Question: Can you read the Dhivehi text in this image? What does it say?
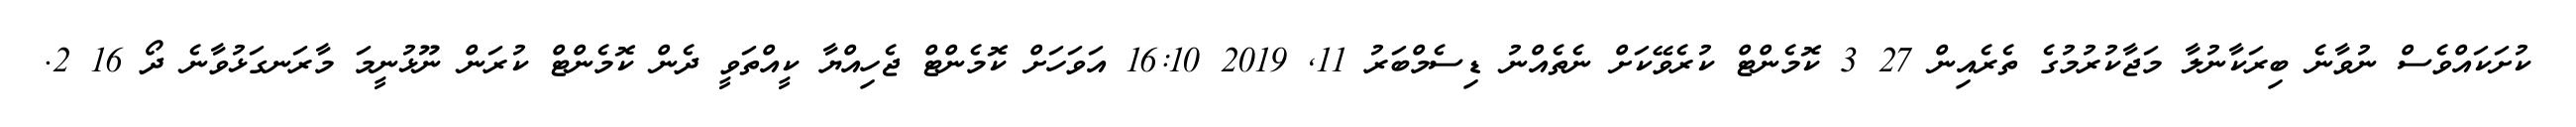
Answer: ކުށަކައްވެސް ނުވާނެ ބިރަކާނުލާ މަޖާކުރުމުގެ ތެރެއިން 27 3 ކޮމެންޓް ކުރެވޭކަށް ނެތެއްނު ޑިސެމްބަރު 11, 2019 16:10 އަވަހަށް ކޮމެންޓް ޖެހިއްޔާ ކީއްތަވީ ދެން ކޮމެންޓް ކުރަން ނޫޅުނީމަ މާރަނގަޅުވާނެ ދޯ 16 2.